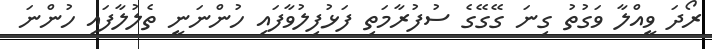
ރޯދަ ވީއްލާ ވަގުތު ގިނަ ގޭގޭގެ ސުފުރާމަތި ފަޅުފިލުވާފައި ހުންނަނީ ތެލުލާފައި ހުންނަ